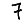
Digit: 7